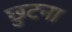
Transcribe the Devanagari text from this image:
छुटना